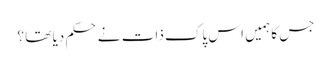
جس کا ہمیں اس پاک ذات نے حکم دیا تھا ؟